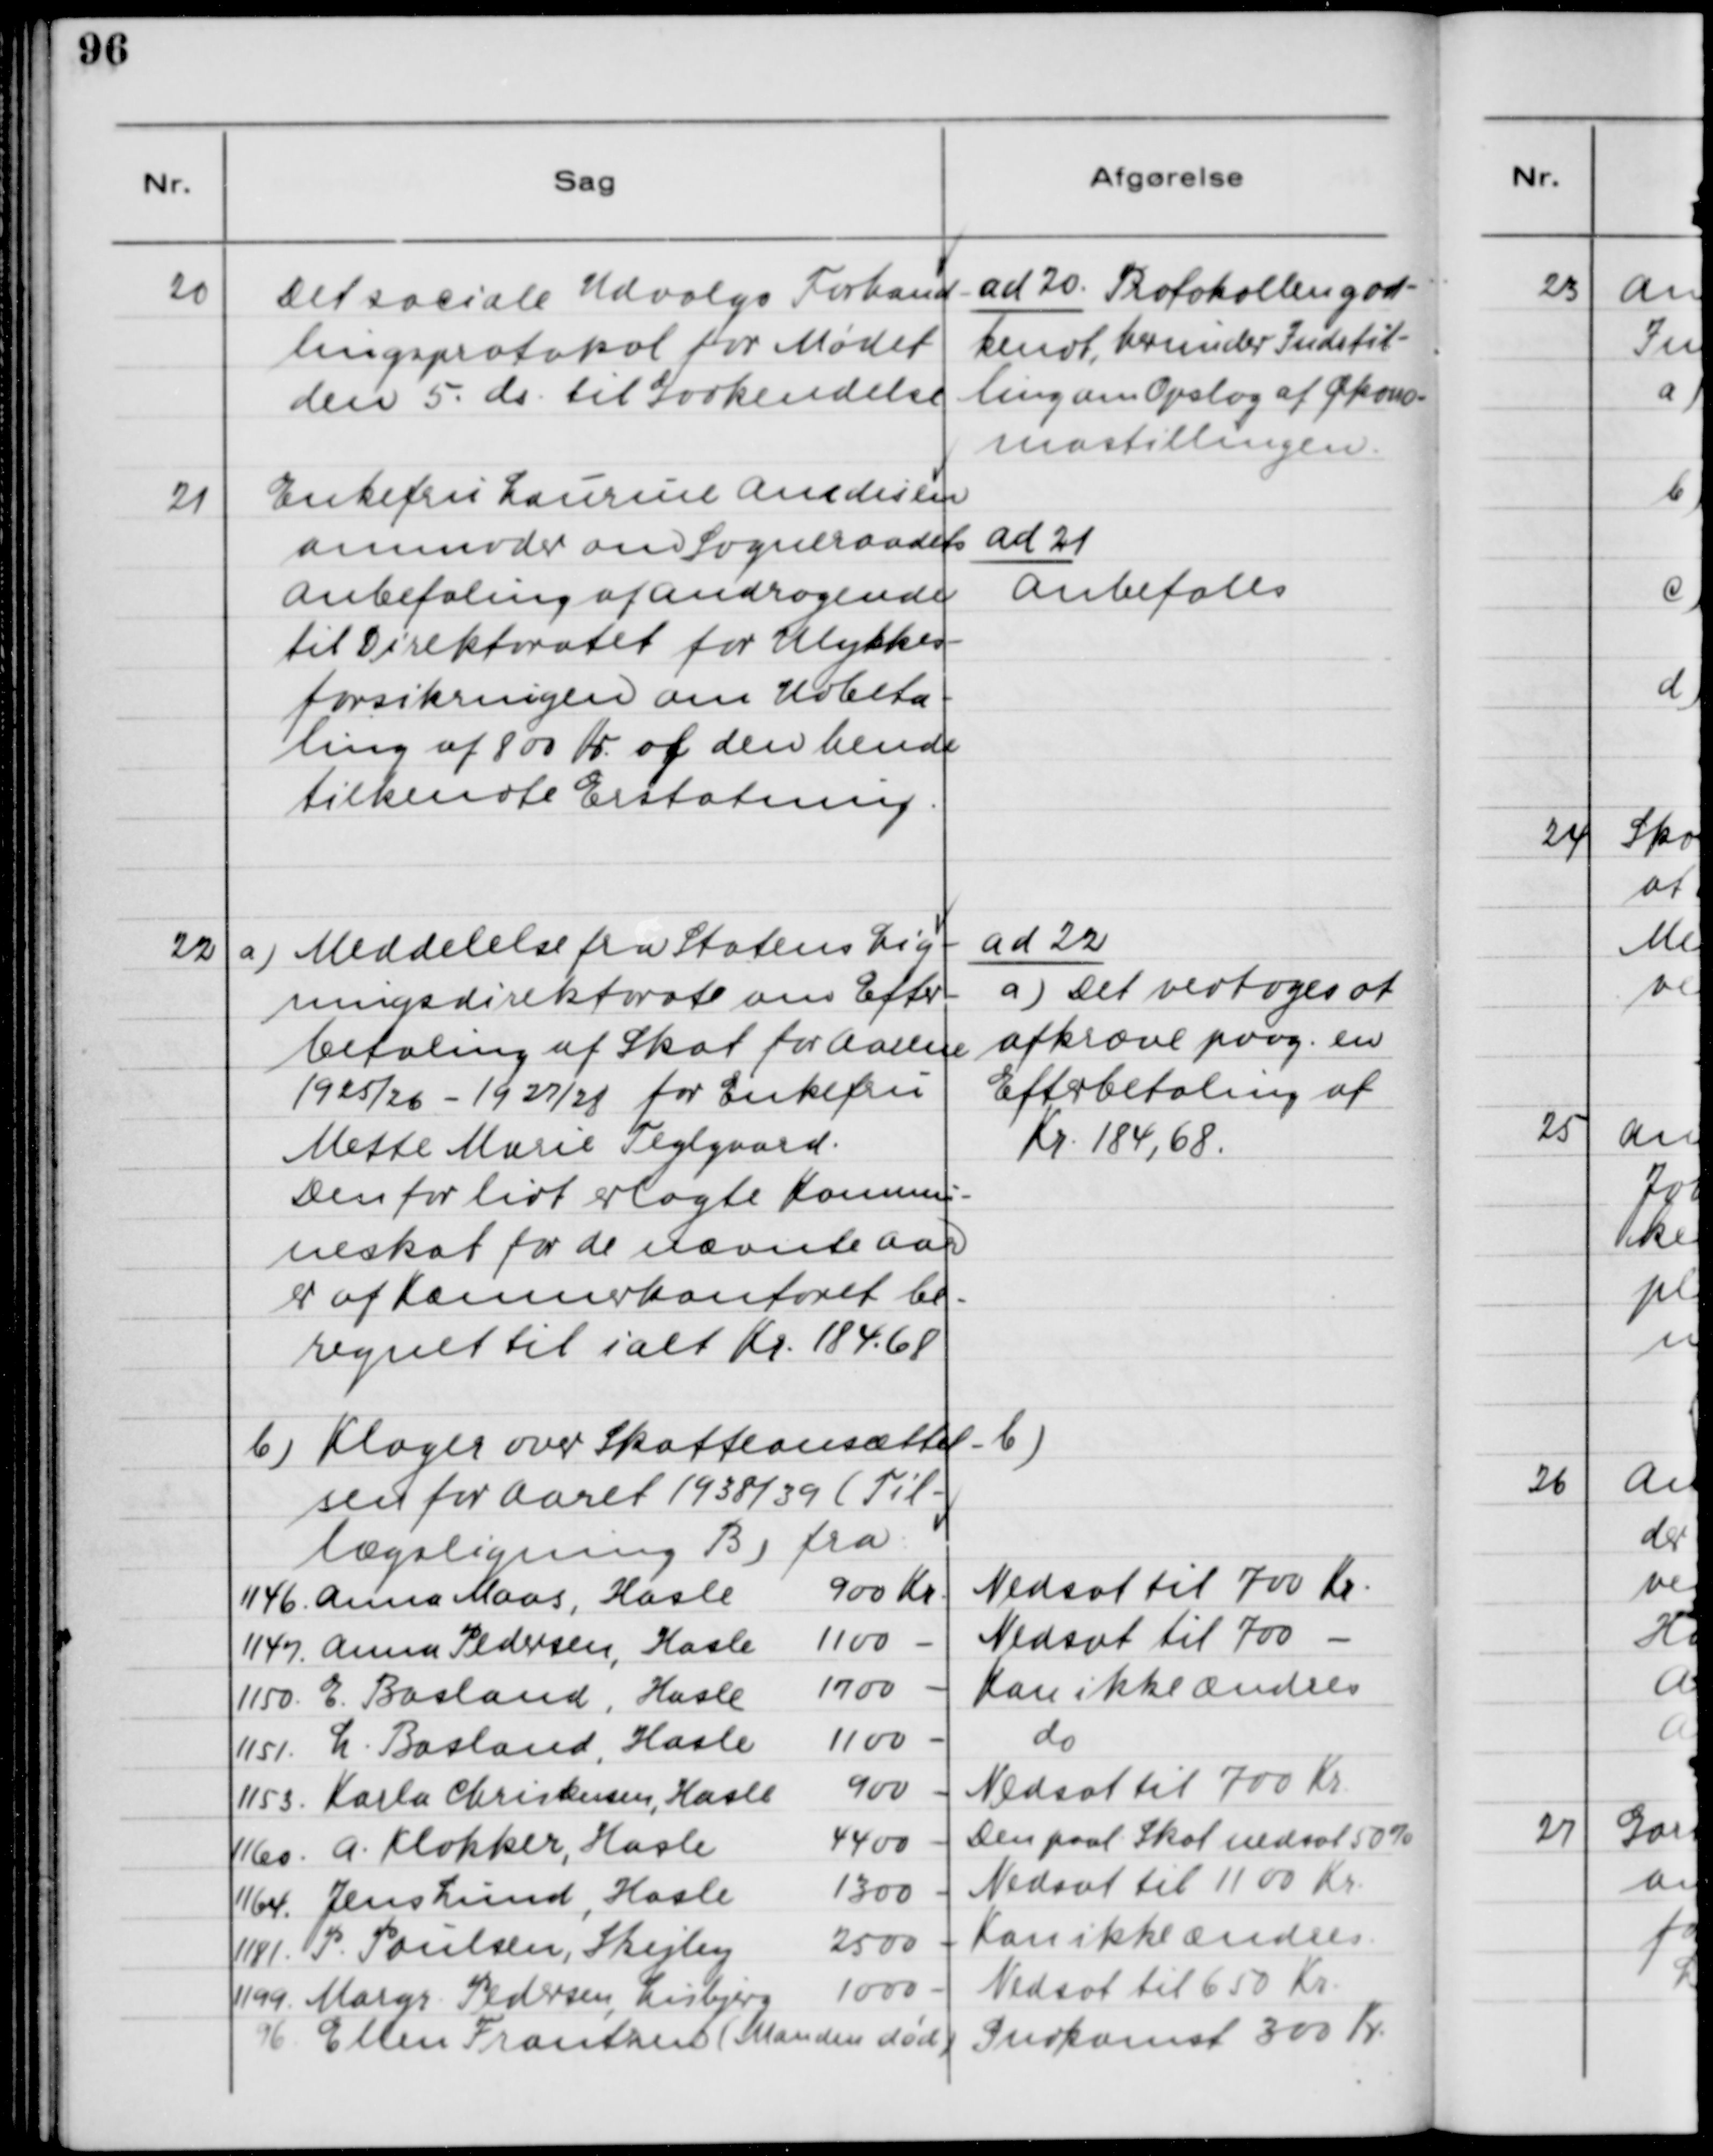
Transskription:
20. Det sociale Udvalgs Forhand-
lingsprotokol for Mødet
den 5. ds. til Godkendelse.

ad 20. Protokollen god-
kendt, herunder Indstil-
ling om Opslag af Økono-
mastillingen.

21. Enkefru Laurine Amdersen
anmoder om Sogneraadets
Anbefaling af Andragende
til Direktoratet for Ulykkes-
forsikringen om Udbeta-
ling af 800 Kr. af den hende
tilkendte Erstatning.

ad 21.
Anbefales

22. a) Meddelelse fra Statens Lig-
ningsdirektorat om Efter-
betaling af Skat for Aarene
1925/26 - 1927/28 for Enkefru
Mette Marie Teglgaard.
Den for lidt erlagte Kommu-
neskat for de nævnte Aar
er af Kæmnerkontoret be-
regnet til ialt Kr. 184.68

ad 22.
a) Det vedtoges at
afkræve paag. en
Efterbetaling af
Kr. 184.68.

b) Klager over Skatteansættel-
sen for Aaret 1938/39 (Til-
lægsligning B) fra:

b)
Nedsat til 700 Kr.
Nedsat til 700 -
Kan ikke Ændres
do.
Nedsat til 700 Kr.
Den paal. Skat nedsat 50%
Nedsat til 1100 Kr.
Kan ikke ændres
Nedsat til 650 Kr.
Indkomst 300 Kr.